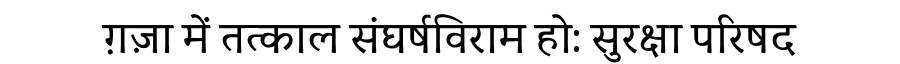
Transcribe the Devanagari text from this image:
ग़ज़ा में तत्काल संघर्षविराम हो: सुरक्षा परिषद